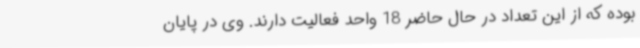
بوده که از این تعداد در حال حاضر 18 واحد فعالیت دارند. وی در پایان